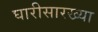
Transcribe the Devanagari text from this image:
घारीसारख्या